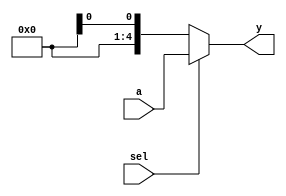
module bottom_mux(
	//#(parameter BITS = 32)(
	output	wire	[4:0]	y,			//[BITS-1:0]	y,		 Output of Multiplexer
	input	wire	[4:0]	a,			//[BITS-1:0]	a,		 Input 1 of Multiplexer								b,			// Input 0 of Multiplexer
	input	wire		sel			// Select Input
   );
   
   assign	y = sel ? a : b;
	
endmodule